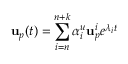
\mathbf { u } _ { p } ( t ) = \sum _ { i = n } ^ { n + k } \alpha _ { i } ^ { u } \mathbf { u } _ { p } ^ { i } e ^ { \lambda _ { i } t }